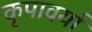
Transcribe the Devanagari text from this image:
कृपावर्या